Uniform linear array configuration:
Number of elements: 24
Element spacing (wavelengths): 1
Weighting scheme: exponential
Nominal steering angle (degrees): -15
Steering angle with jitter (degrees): -16.408
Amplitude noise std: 0.05
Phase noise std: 0.05

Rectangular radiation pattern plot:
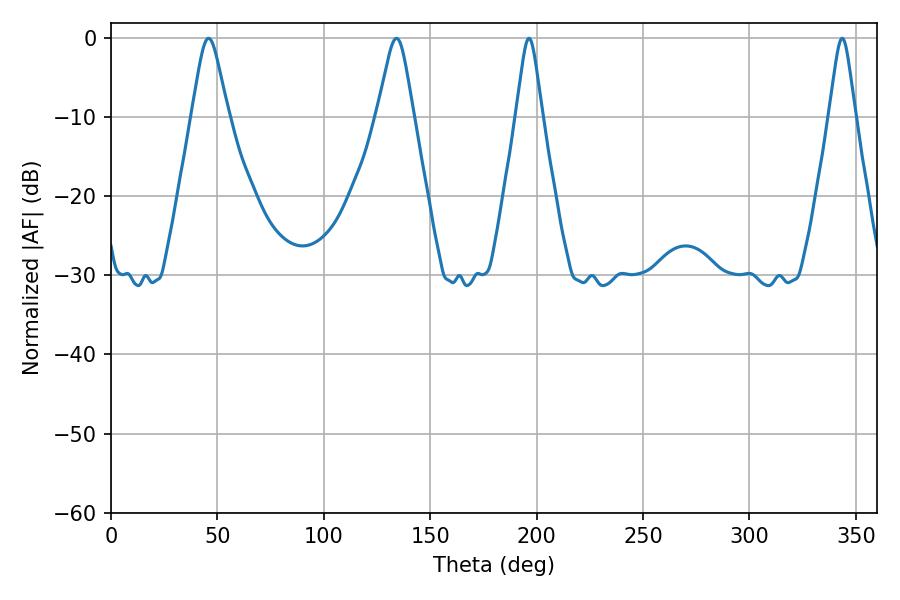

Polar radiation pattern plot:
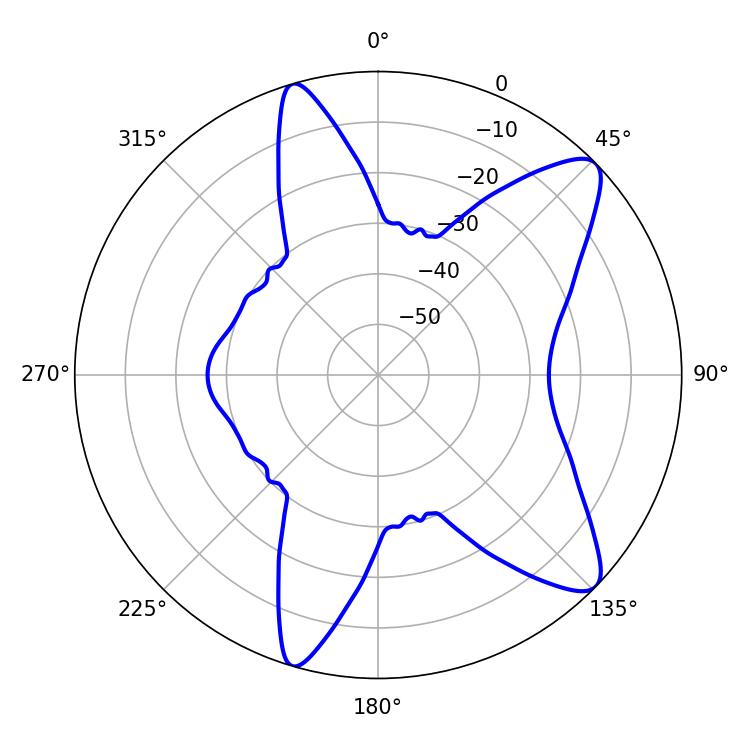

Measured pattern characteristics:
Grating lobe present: TRUE
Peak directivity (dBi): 10.376
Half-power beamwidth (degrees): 5.94
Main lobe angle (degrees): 343.62